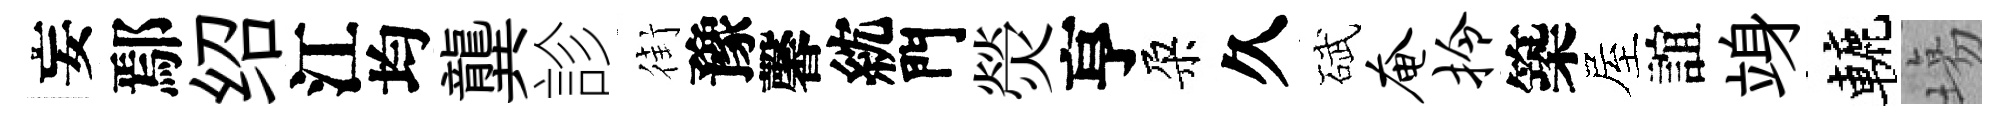
妄鄢绍江均龔診街豫馨紞門熒亨朶久碔奄拎築屋誼竧轆塲